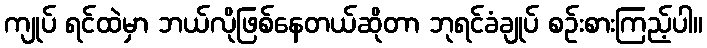
ကျုပ် ရင်ထဲမှာ ဘယ်လိုဖြစ်နေတယ်ဆိုတာ ဘုရင်ခံချုပ် စဉ်းစားကြည့်ပါ။